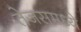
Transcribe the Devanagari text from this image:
तेजसमध्ये